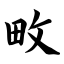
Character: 畋